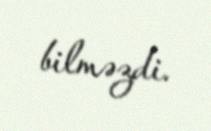
bilməzdi.